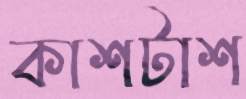
কাশটাশ